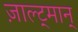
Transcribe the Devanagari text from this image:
ज़ाल्ट्मान्